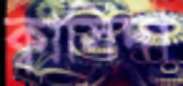
ক্বাসিদা